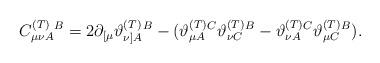
LaTeX: \begin{align*}C_{\mu \nu A}^{{\footnotesize (T)}}{}^{B}=2\partial _{\lbrack \mu }\vartheta_{\nu ]A}^{{\footnotesize (T)}}{}^{B}-(\vartheta _{\mu A}^{{\footnotesize (T)}}{}^{C}\vartheta _{\nu C}^{{\footnotesize (T)}}{}^{B}-\vartheta _{\nu A}^{{\footnotesize (T)}}{}^{C}\vartheta _{\mu C}^{{\footnotesize (T)}}{}^{B}).\end{align*}